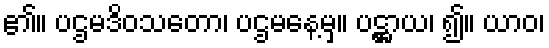
၏။ ပဌမဒိဝသတော၊ ပဌမနေ့မှ။ ပဋ္ဌာယ၊ ၍။ ယာဝ၊